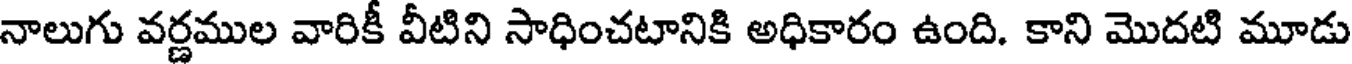
నాలుగు వర్ణముల వారికీ వీటిని సాధించటానికి అధికారం ఉంది. కాని మొదటి మూడు